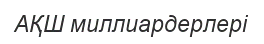
АҚШ миллиардерлері